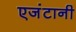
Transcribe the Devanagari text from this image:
एजंटानी